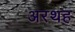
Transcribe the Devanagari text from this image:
अरथह